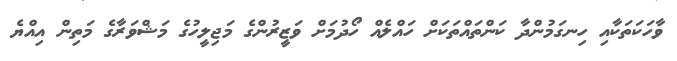
ވާހަކަތަކާއި ހިނގަމުންދާ ކަންތައްތަކަށް ހައްލެއް ހޯދުމަށް ވަޒީރުންގެ މަޖިލީހުގެ މަޝްވަރާގެ މަތިން އިއްޔެ